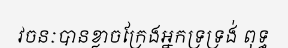
វចនៈបានខ្លាចក្រែងអ្នកទ្រទ្រង់ ពុទ្ធ